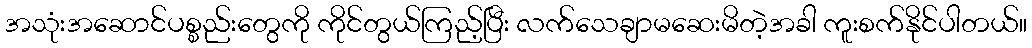
အသုံးအဆောင်ပစ္စည်းတွေကို ကိုင်တွယ်ကြည့်ပြီး လက်သေချာမဆေးမိတဲ့အခါ ကူးစက်နိုင်ပါတယ်။